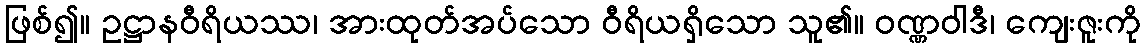
ဖြစ်၍။ ဥဋ္ဌာနဝီရိယဿ၊ အားထုတ်အပ်သော ဝီရိယရှိသော သူ၏။ ဝဏ္ဏဝါဒီ၊ ကျေးဇူးကို